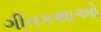
ગીતકથાઓ